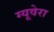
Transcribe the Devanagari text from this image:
ग्यूवेरा